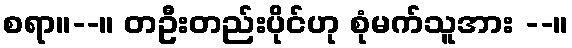
စရာ။--။ တဦးတည်းပိုင်ဟု စုံမက်သူအား --။